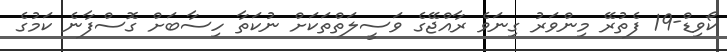
ކޯވިޑް-19 ފެތުރޭ މިންވަރު ގިނަވެ ރާއްޖޭގެ ވަސީލަތްތަކަށް ނުކަތާ ހިސާބަށް ގޮސްފާނެ ކަމުގެ